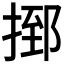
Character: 𢰗